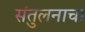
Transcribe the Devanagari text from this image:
संतुलनाचा